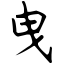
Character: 曳